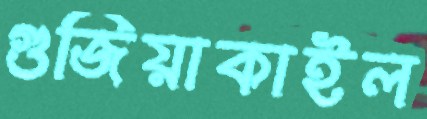
গুজিয়াকাইল